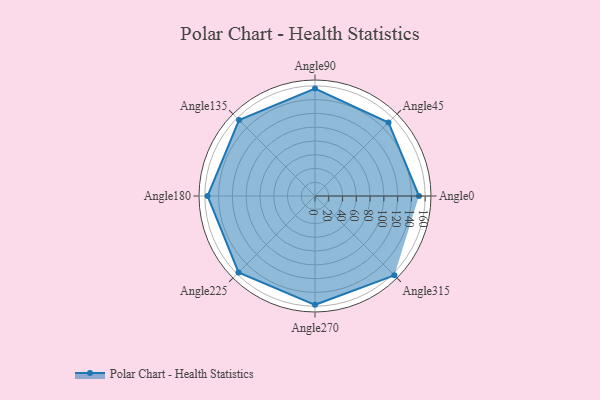
{"axis": {"x": "Angle", "y": "Radius"}, "legend": [""], "data": [{"x": "Angle0", "y": 151.0, "type": ""}, {"x": "Angle45", "y": 151.0, "type": ""}, {"x": "Angle90", "y": 156.0, "type": ""}, {"x": "Angle135", "y": 156.0, "type": ""}, {"x": "Angle180", "y": 156.0, "type": ""}, {"x": "Angle225", "y": 157.0, "type": ""}, {"x": "Angle270", "y": 158.0, "type": ""}, {"x": "Angle315", "y": 163.0, "type": ""}]}